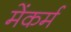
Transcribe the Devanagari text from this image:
मेंकर्म